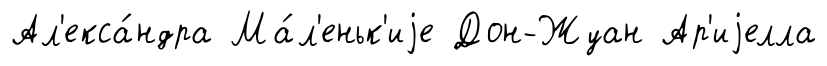
Ал'екса́ндра Ма́л'еньк'иjе Дон-Жуан Ар'иjелла